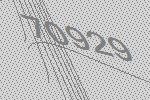
70929